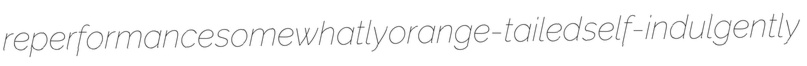
reperformance somewhatly orange-tailed self-indulgently